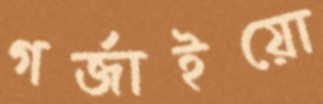
গর্জাইয়ো